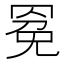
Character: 𰭍